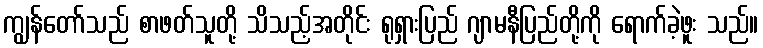
ကျွန်တော်သည် စာဖတ်သူတို့ သိသည့်အတိုင်း ရုရှားပြည် ဂျာမနီပြည်တို့ကို ရောက်ခဲ့ဖူး သည်။